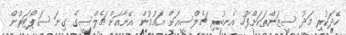
ހޭދަކުރި މަދު ސީޒަންތަކަށްފަހު އެނބުރި ޗެލްސީއަށް އައުމުން އޭނާއަށް ޗެލްސީގެ ގިނަ ސަޕޯޓަރުން